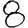
Digit: 8